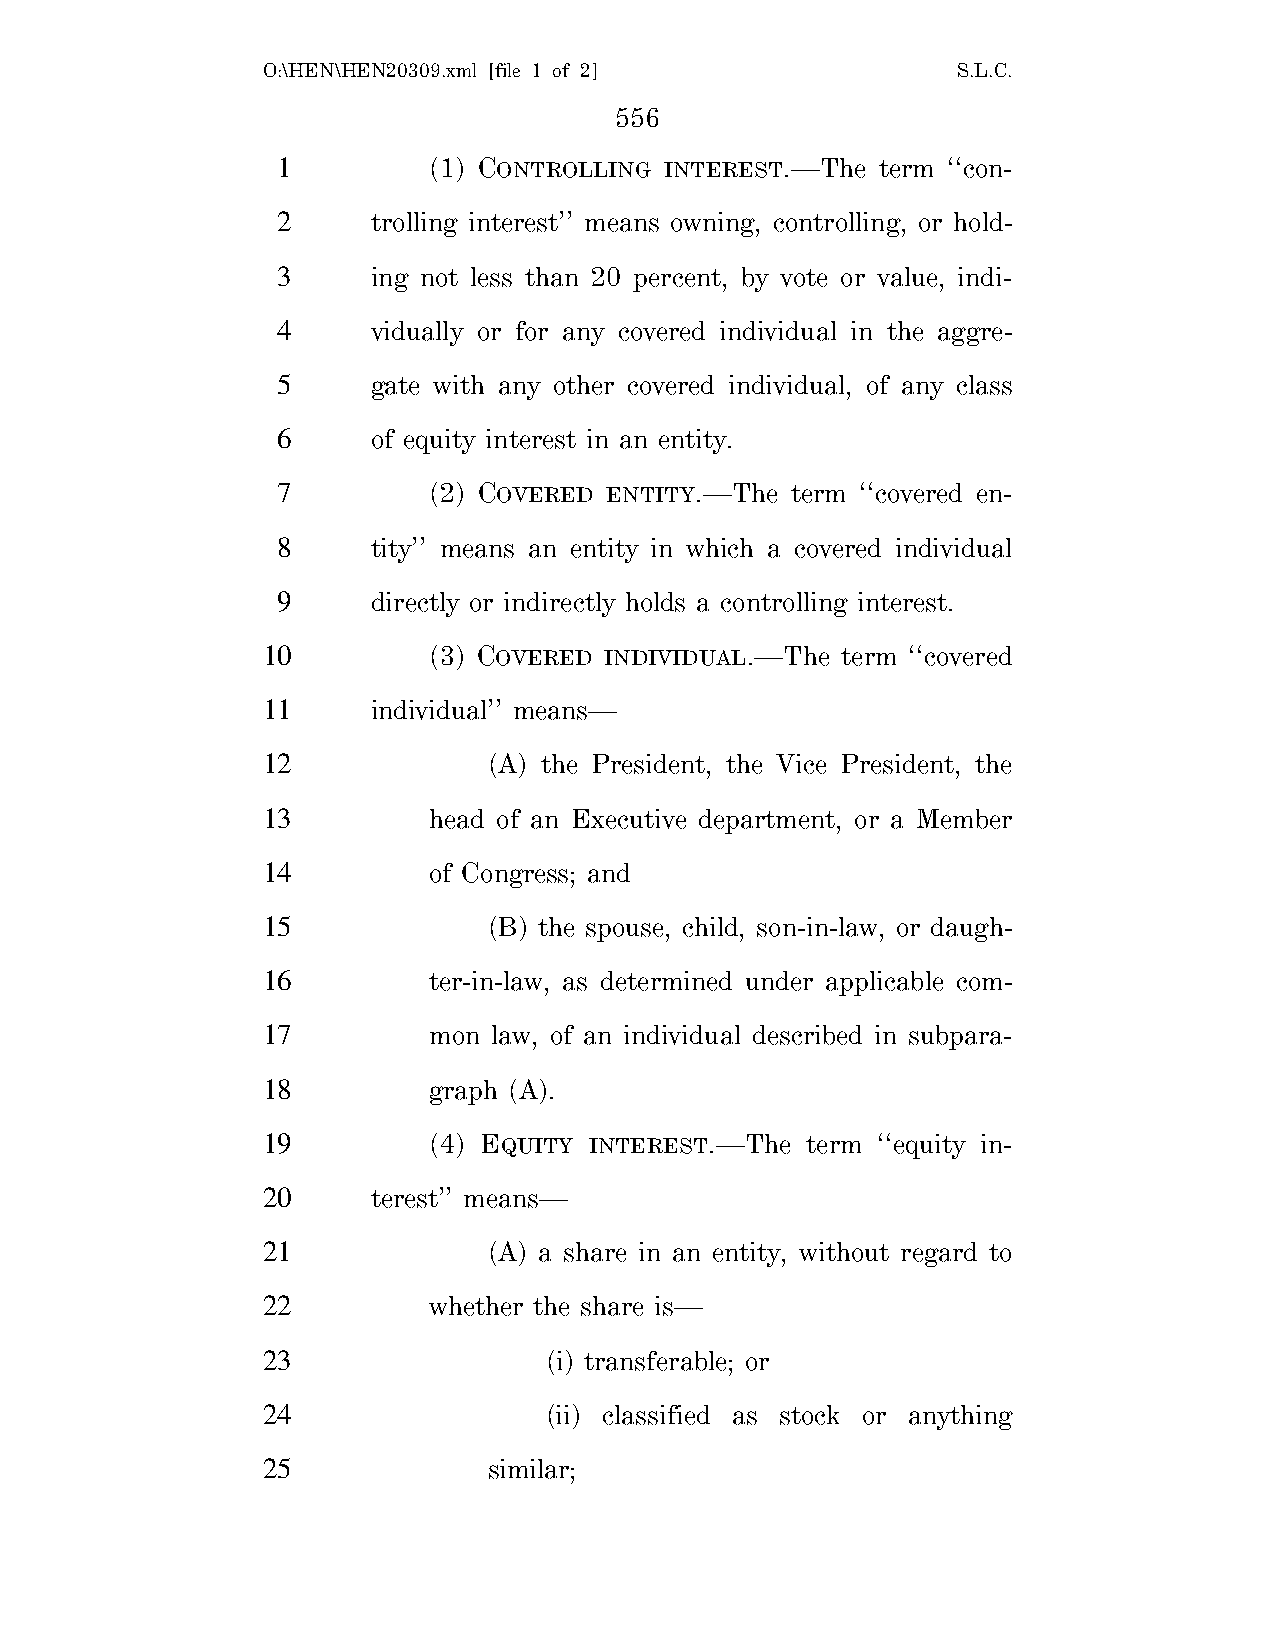
O:\HEN\HEN20309.xml [file 1 of 2]             S.L.C.
 556
 1         (1) CONTROLLING INTEREST.—The term ‘‘con-
 2      trolling interest’’ means owning, controlling, or hold-
 3      ing not less than 20 percent, by vote or value, indi-
 4      vidually or for any covered individual in the aggre-
 5      gate with any other covered individual, of any class
 6      of equity interest in an entity.
 7         (2) COVERED ENTITY.—The term ‘‘covered en-
 8      tity’’ means an entity in which a covered individual
 9      directly or indirectly holds a controlling interest.
 10         (3) COVERED INDIVIDUAL.—The term ‘‘covered
 11      individual’’ means—
 12             (A) the President, the Vice President, the
 13         head of an Executive department, or a Member
 14         of Congress; and
 15             (B) the spouse, child, son-in-law, or daugh-
 16         ter-in-law, as determined under applicable com-
 17         mon  law, of an individual described in subpara-
 18         graph (A).
 19         (4) EQUITY INTEREST.—The term ‘‘equity in-
 20      terest’’ means—
 21             (A) a share in an entity, without regard to
 22         whether the share is—
 23                 (i) transferable; or
 24                 (ii) classified as stock or anything
 25             similar;